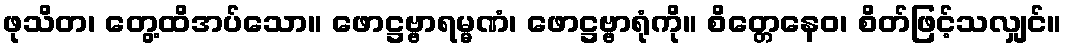
ဖုသိတ၊ တွေ့ထိအပ်သော။ ဖောဋ္ဌဗ္ဗာရမ္မဏံ၊ ဖောဋ္ဌဗ္ဗာရုံကို။ စိတ္တေနေဝ၊ စိတ်ဖြင့်သလျှင်။